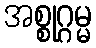
အစ္စုဂ္ဂမ္မ